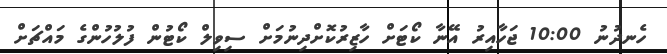
ހެނދުނު 10:00 ޖަހާއިރު އޭނާ ކޯޓަށް ހާޒިރުކޮށްދިނުމަށް ސިވިލް ކޯޓުން ފުލުހުންގެ މައްޗަށް